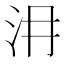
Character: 𣲕